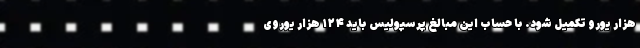
هزار یورو تکمیل شود. با حساب این مبالغ پرسپولیس باید ۱۲۴ هزار یوروی